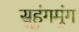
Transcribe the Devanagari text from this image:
सुहुंगमुंग